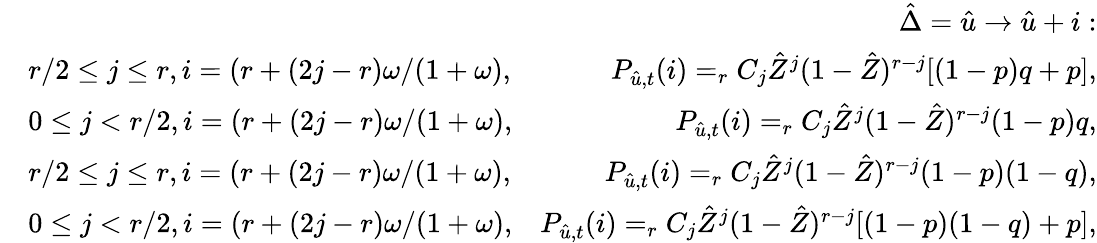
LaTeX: \begin{array}{rlr}&{}&{\hat{\Delta}=\hat{u}\rightarrow\hat{u}+i:}\\ &{r/2\leq j\leq r,i=(r+(2j-r)\omega/(1+\omega),}&{P_{\hat{u},t}(i)=_{r}C_{j}\hat{Z}^{j}(1-\hat{Z})^{r-j}[(1-p)q+p],}\\ &{0\leq j<r/2,i=(r+(2j-r)\omega/(1+\omega),}&{P_{\hat{u},t}(i)=_{r}C_{j}\hat{Z}^{j}(1-\hat{Z})^{r-j}(1-p)q,}\\ &{r/2\leq j\leq r,i=(r+(2j-r)\omega/(1+\omega),}&{P_{\hat{u},t}(i)=_{r}C_{j}\hat{Z}^{j}(1-\hat{Z})^{r-j}(1-p)(1-q),}\\ &{0\leq j<r/2,i=(r+(2j-r)\omega/(1+\omega),}&{P_{\hat{u},t}(i)=_{r}C_{j}\hat{Z}^{j}(1-\hat{Z})^{r-j}[(1-p)(1-q)+p],}\end{array}